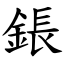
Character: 鋹